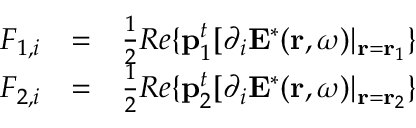
\begin{array} { r l r } { F _ { 1 , i } } & { = } & { \frac { 1 } { 2 } R e \{ \mathbf { p } _ { 1 } ^ { t } [ \partial _ { i } \mathbf { E } ^ { * } ( \mathbf { r } , \omega ) | _ { \mathbf { r } = \mathbf { r } _ { 1 } } \} } \\ { F _ { 2 , i } } & { = } & { \frac { 1 } { 2 } R e \{ \mathbf { p } _ { 2 } ^ { t } [ \partial _ { i } \mathbf { E } ^ { * } ( \mathbf { r } , \omega ) | _ { \mathbf { r } = \mathbf { r } _ { 2 } } \} } \end{array}